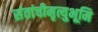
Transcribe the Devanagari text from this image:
संतांचीमृत्युभूमि